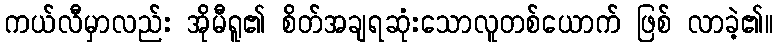
ကယ်လီမှာလည်း အိုမီရူ၏ စိတ်အချရဆုံးသောလူတစ်ယောက် ဖြစ် လာခဲ့၏။